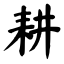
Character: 耕